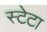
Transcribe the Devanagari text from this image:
स्टेटा